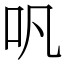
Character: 㕨